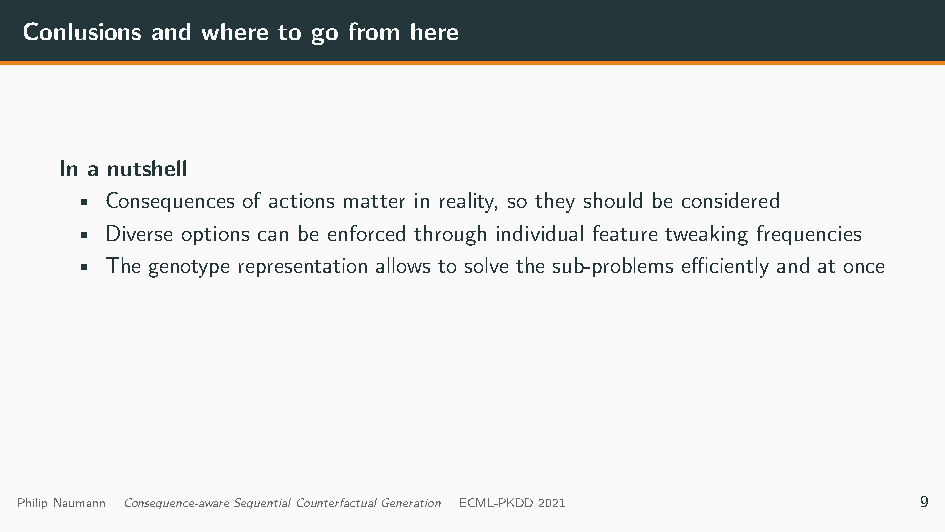
Next steps
 • Using causal models for consequences (in objective and feature space)
 • Probabilistic modelling of consequences
 Conlusions and where to go from here
 In a nutshell
 • Consequences of actions matter in reality, so they should be considered
 • Diverse options can be enforced through individual feature tweaking frequencies
 • The genotype representation allows to solve the sub-problems efficiently and at once
 PhilipNaumann Consequence-awareSequentialCounterfactualGeneration ECML-PKDD2021 9